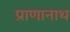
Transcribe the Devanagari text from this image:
प्राणानाथ